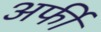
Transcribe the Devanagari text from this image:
अर्फी